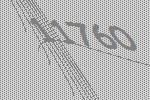
11760